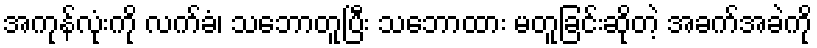
အကုန်လုံးကို လက်ခံ၊ သဘောတူပြီး သဘောထား မတူခြင်းဆိုတဲ့ အခက်အခဲကို